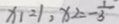
x _ { 1 } = 1 , x _ { 2 } = - \frac { 1 } { 3 }